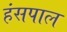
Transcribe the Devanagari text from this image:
हंसपाल